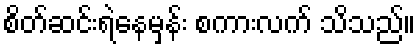
စိတ်ဆင်းရဲနေမှန်း စကားလက် သိသည်။